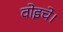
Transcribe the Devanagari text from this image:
वोइचे।